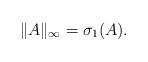
LaTeX: \begin{align*}\|A\|_\infty = \sigma_1(A).\end{align*}